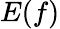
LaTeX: E(f)